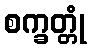
စက္ခတ္တုံ